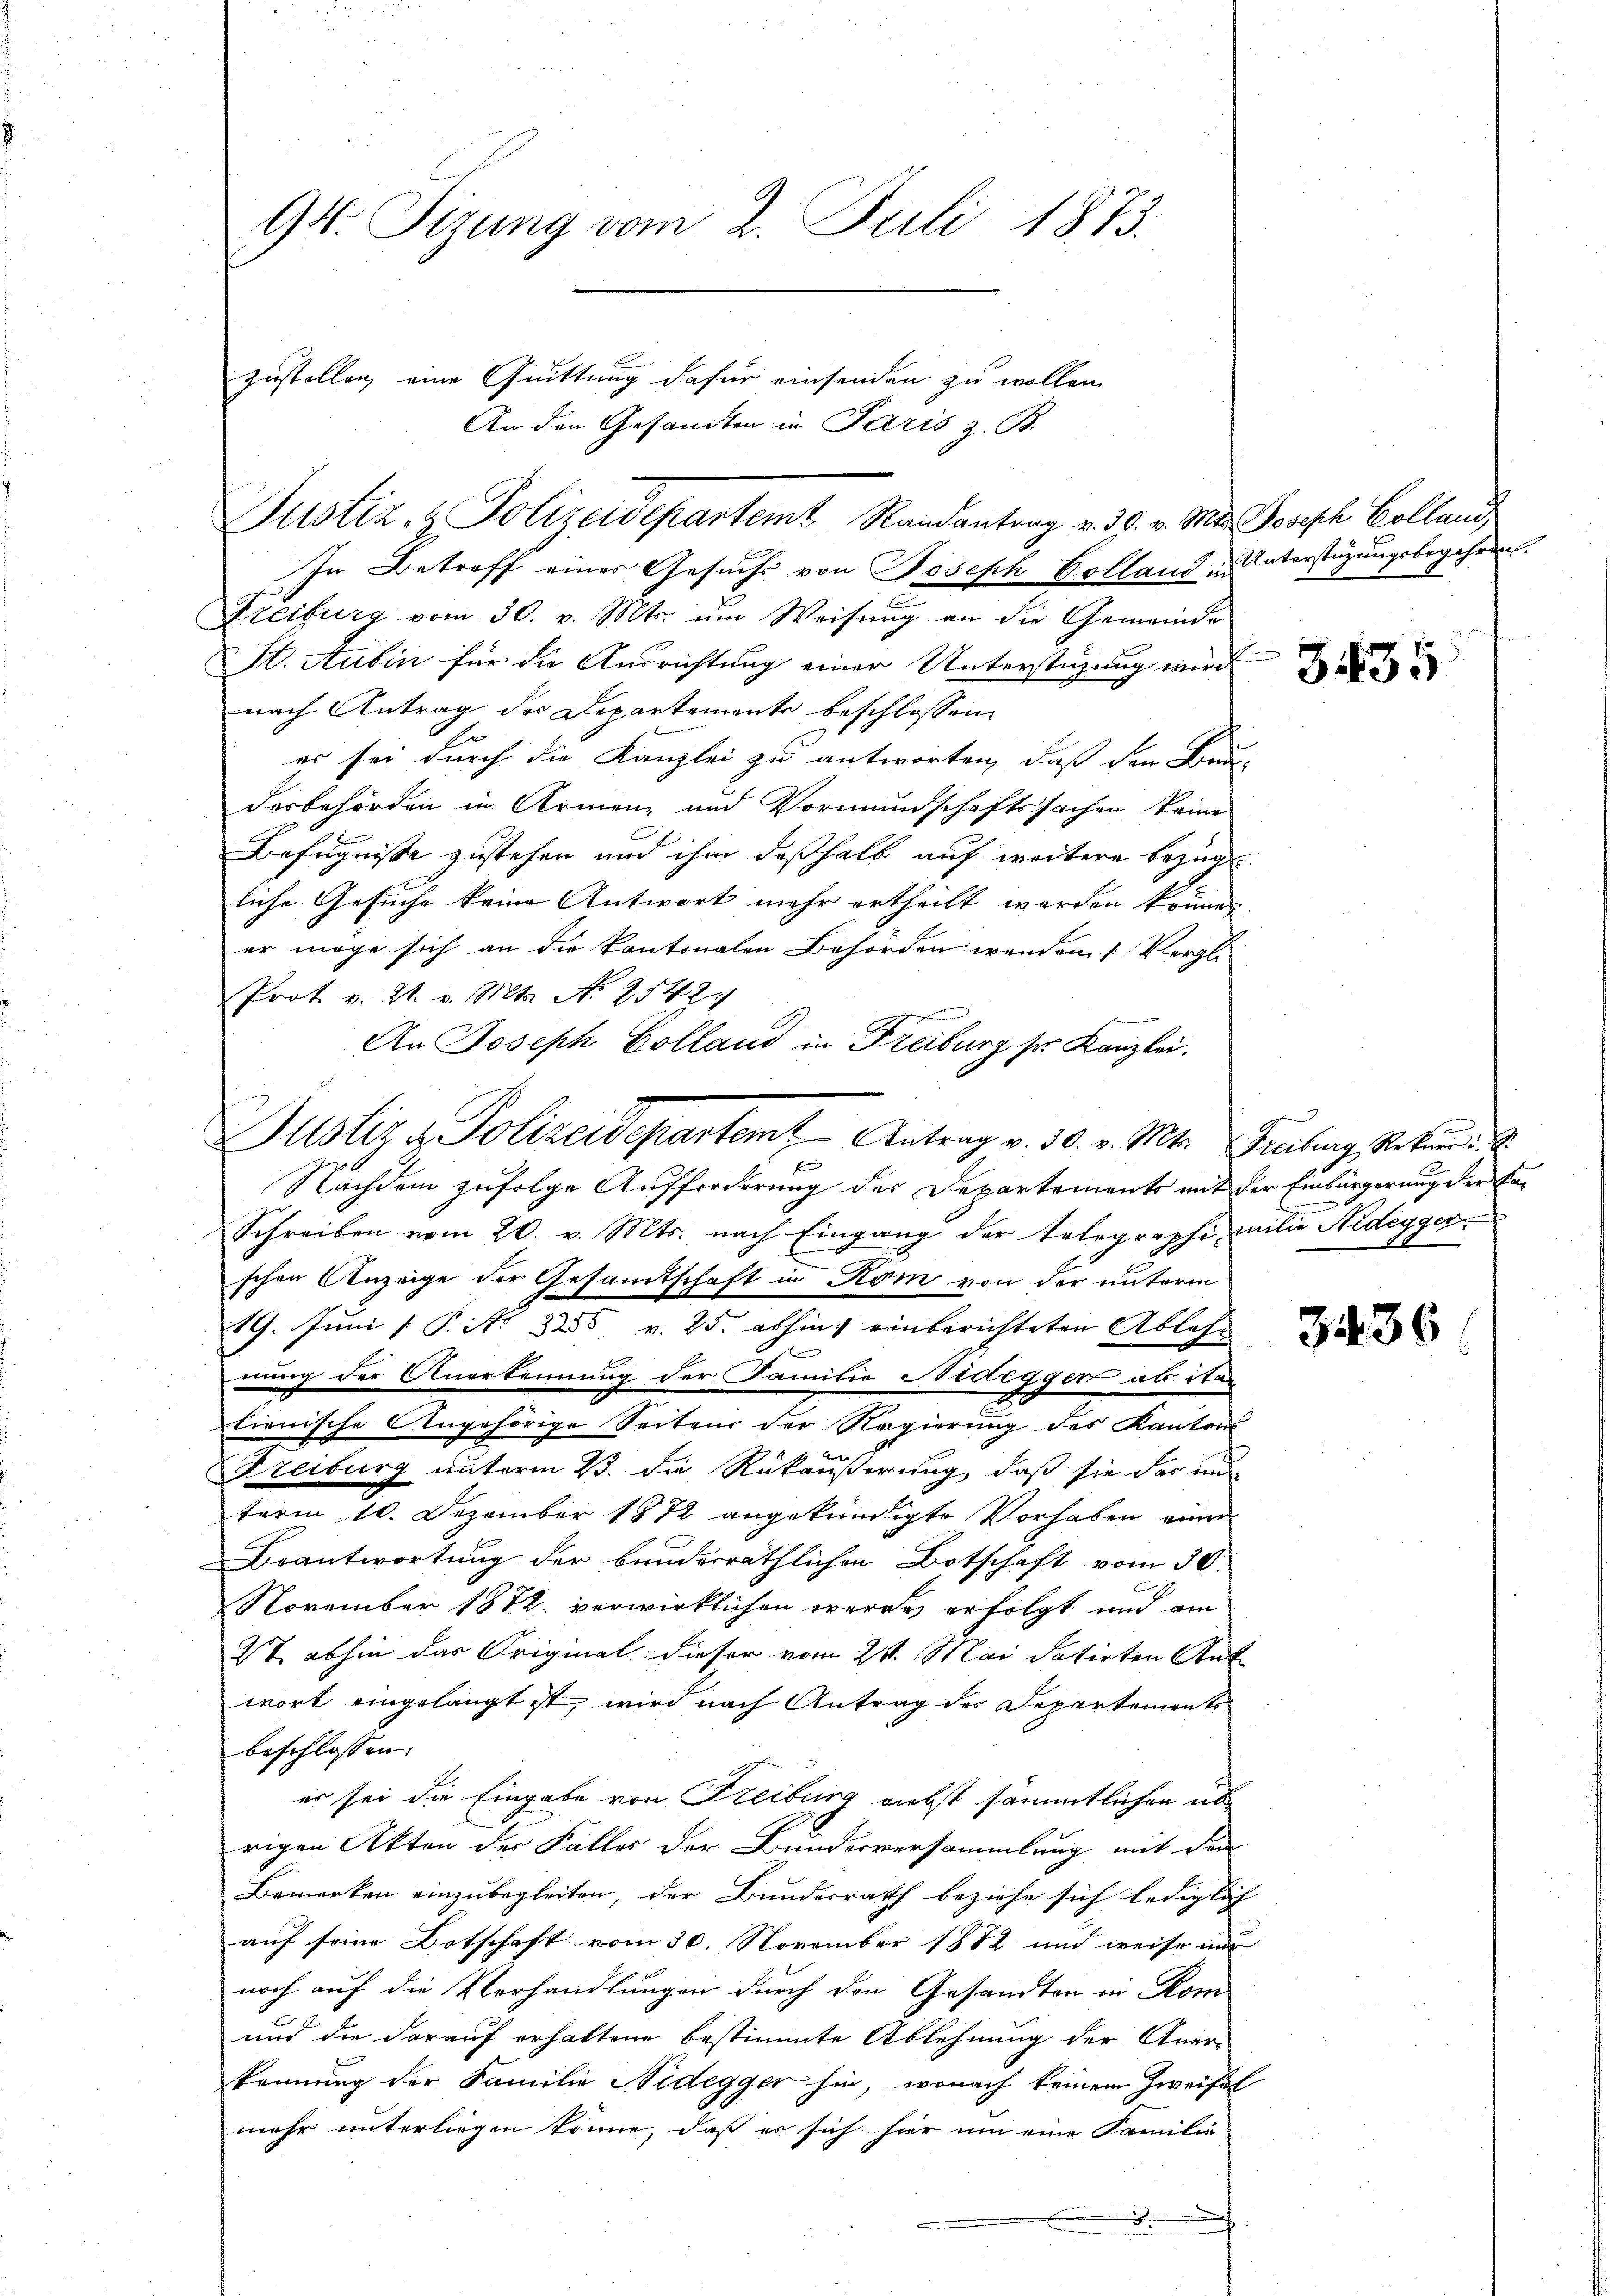
94. Sizung vom 2. Juli 1873.
zustellen, eine Quittung dafür einsenden zu wollen.

Justiz & Polizeidepartemt Randantrag v. 30. v. Mts. Joseph Colland

An den Gesandten in Paris z. B.

In Betroff einer Gesuchs von Joseph Colland in Unterstüzungsbegehren.
Freiburg vom 30. v. Mts. um Weisŭng an die Gemeinde
St. Aubin für die Ausrichtung einer Unterstüzung wird
nach Antrag der Departemente beschlossen
r
es sei durch die Kanzlei zu antworten, daß den Bun-
desbehörden in Armen und Vormundschaftssachen keine
Befugnisse zustehen und ihm deßhalb auf weitere bezüg
liche Gesuche keine Antwort mehr ertheilt werden könne.
er möge sich an die kantonalen Behörden werden 1 Vergli¬
Prot. v. 21. v. Mts. No 2542.
An Joseph Colland in Freiburg sei Kanzlei.

19. Juni [ P. Nr. 3255 v. 25. abhin einberichteten Ablehn
nung der Anerkennung der Familie Nidegger als ita
lienische Angehörige Seitend der Regierung des Kantons
1
Freiburg unterm 23. die Rükäußerung, daß sie das und
term 10. Dezember 1872 angekündigte Vorhaben einer
Beantwortung der bunderräthlichen Botschaft vom 30.
November 1872 verwirklichen werde erfolgt und am
2t abhin das Original dieser vom 24. Mai datirten Ant
wort eingelangt ist, wird nach Antrag der Departements
beschlossen:
es sei die Eingabe von Freiburg nebst sämmtlichen üb
rigen Akten der Falles der Bundesversammlung mit dem
Bemerken einzubegleiten, der Bundesrath beziehe sich lediglich
auf seine Botschaft vom 30. November 1872 und weise nur
noch auf die Verhandlungen durch den Gesandten in Kom
und die darauf erhaltene bestimmte Ablehnung der Aner-
kennung der Familie Nidegger hin, wonach keinem Zweifel
mehr unterliegen könne, daß es sich hier um eine Familie
.

Justiz & Polizeidepartem Antrag v. 30. v. Mts. Freiburg, Rekurs
Ein
Nachdem zufolge Aufforderung des Departements mit der Einbürgerung der Ka¬
Schreiben vom 20. v. Mts. nach Eingang der Telegraphi, milie Nidegger
schen Anzeige der Gesamtschaft in Rom von der unterm

3435

3436